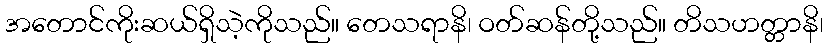
အတောင်ကိုးဆယ်ရှိသဲ့ကိုသည်။ တေသရာနိ၊ ဝတ်ဆန်တို့သည်။ တိသဟတ္တာနိ၊